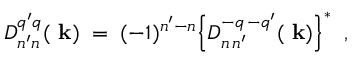
{ \cal D } _ { n ^ { \prime } n } ^ { q ^ { \prime } q } ( \mathrm { \bf ~ k } ) \; = \; ( - 1 ) ^ { n ^ { \prime } - n } \Bigl \{ { \cal D } _ { n \, n ^ { \prime } } ^ { - q \, - q ^ { \prime } } ( \mathrm { \bf ~ k } ) \Bigr \} ^ { \ast } \; \; ,